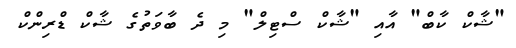
"ޝާކް ކާބް" އާއި "ޝާކް ސްޓިލް" މި ދެ ބާވަތުގެ ޝާކް ޑްރިންކް